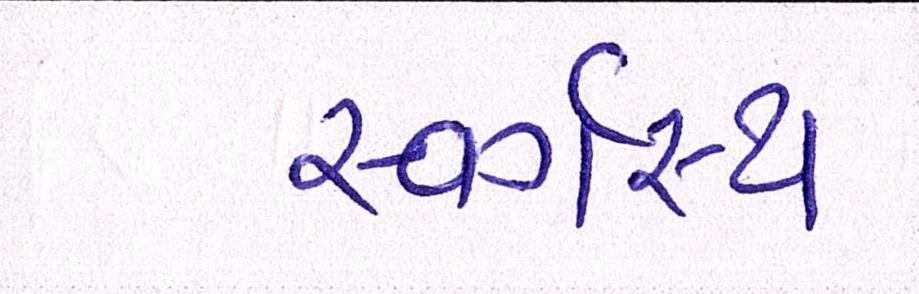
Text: સ્વર્ગસ્થ